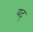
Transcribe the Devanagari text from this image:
यदृ